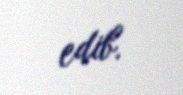
edib.